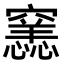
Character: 𥨭